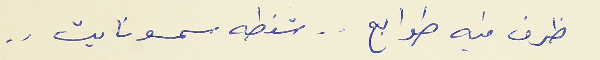
ظرف فيه طوابع . . شنطه سمسونايت . .